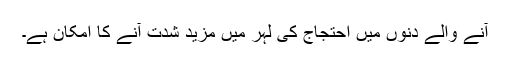
آنے والے دنوں میں احتجاج کی لہر میں مزید شدت آنے کا امکان ہے۔